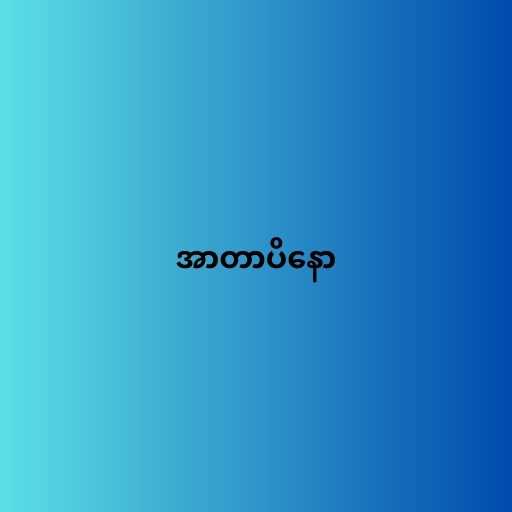
အာတာပိနော